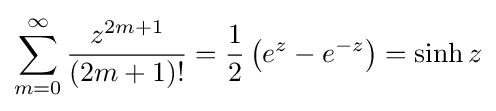
\sum _{m=0}^{\infty }{z^{2m+1} \over (2m+1)!}={\frac {1}{2}}\left(e^{z}-e^{-z}\right)=\sinh {z}